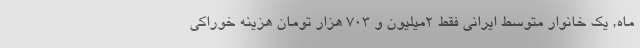
ماه, یک خانوار متوسط ایرانی فقط 2میلیون و 703 هزار تومان هزینه خوراکی